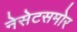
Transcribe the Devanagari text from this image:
नेसेटसमोर